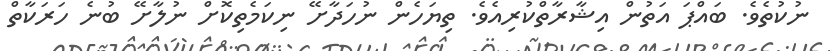
ނުކުތެވެ. ބައްޕަ އަތުން އިޝާރާތްކުރިއެވެ. ތިޔަހެން ނުހަދާށޭ ނިކަމެތިކޮށް ނުލާށޭ ބުނެ ހަރަކާތް